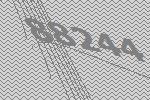
88244